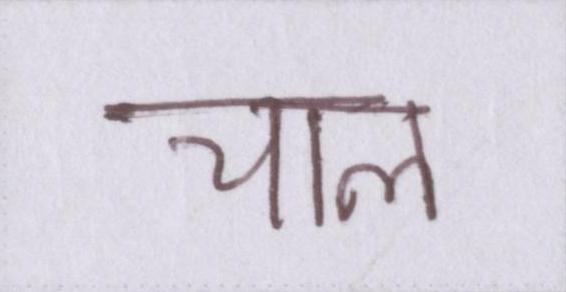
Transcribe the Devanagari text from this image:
चाल